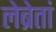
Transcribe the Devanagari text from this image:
लेब्रेतां